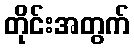
တိုင်းအတွက်